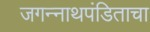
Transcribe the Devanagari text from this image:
जगन्‍नाथपंडिताचा